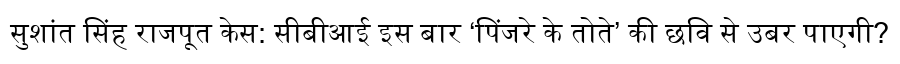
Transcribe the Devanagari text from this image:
सुशांत सिंह राजपूत केस: सीबीआई इस बार ‘पिंजरे के तोते’ की छवि से उबर पाएगी?